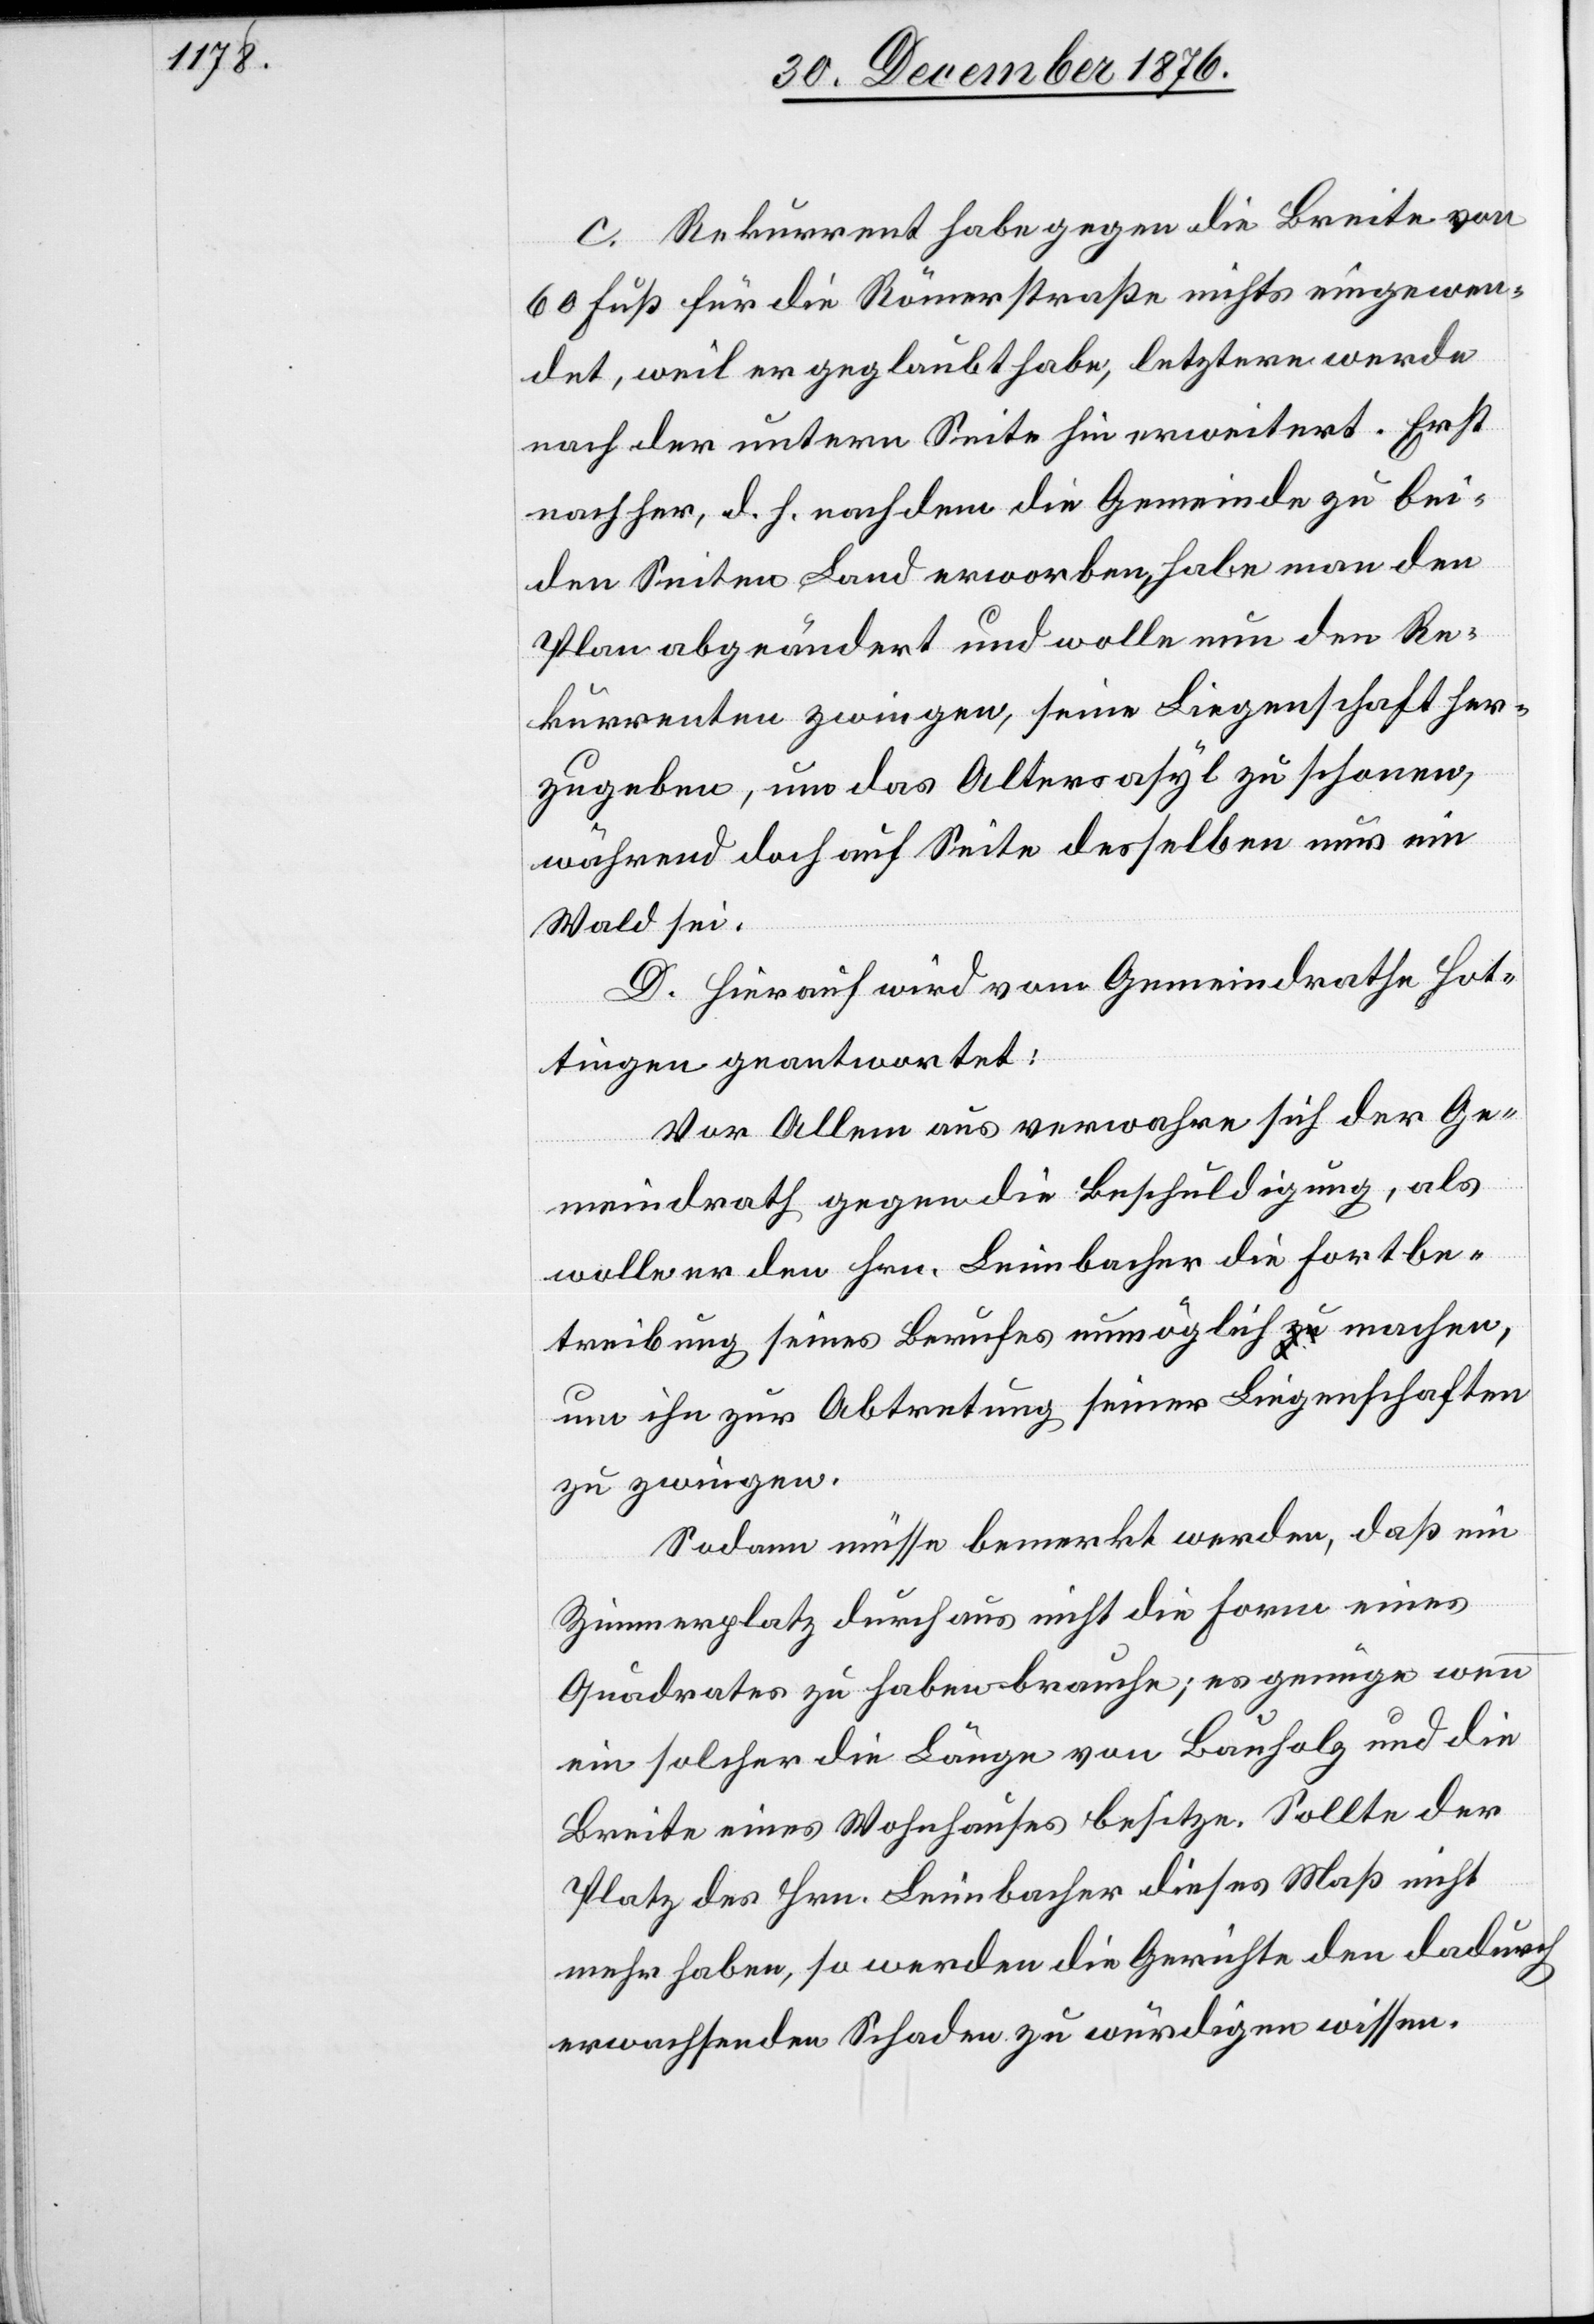
c. Rekurrent habe gegen die Breite von
60 Fuß für die Römerstraße nichts eingewen¬
det, weil er geglaubt habe, letztere werde
nach der untern Seite hin erweitert. Erst
nachher, d. h. nachdem die Gemeinde zu bei¬
den Seiten Land erworben, habe man den
Plan abgeändert und wolle nun den Re¬
kurrenten zwingen, seine Liegenschaft her¬
zugeben, um das Altersasyl zu schonen,
während doch auf Seite desselben nur ein
Wald sei.
D. Hierauf wird vom Gemeindrathe Hot¬
tingen geantwortet:
Vor Allem aus verwahre sich der Ge¬
meindrath gegen die Beschuldigung, als
[recte: dem] Hrn. Leimbacher die Fortbe¬
streibung seines Berufes unmöglich machen,
um ihn zur Abtretung seiner Liegenschaft
zu zwingen.
Sodann müsse bemerkt werden, daß ein
Zimmerplatz durchaus nicht die Form eines
Quadrates zu haben brauche; es genüge wenn
ein solcher die Länge von Bauholz und die
Breite eines Wohnhauses besitze. Sollte der
Platz des Hrn. Leimbacher dieses Maß nicht
mehr haben, so werden die Gerichte den dadurch
erwachsenden Schaden zu würdigen wissen.